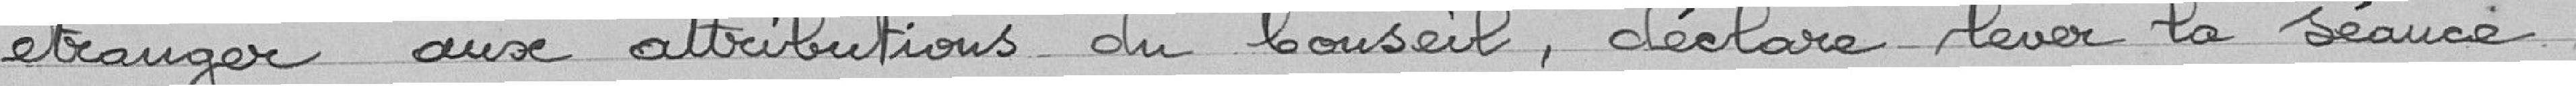
étranger aux attributions du Conseil, déclare lever la séance.